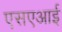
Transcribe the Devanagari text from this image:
एसएआई